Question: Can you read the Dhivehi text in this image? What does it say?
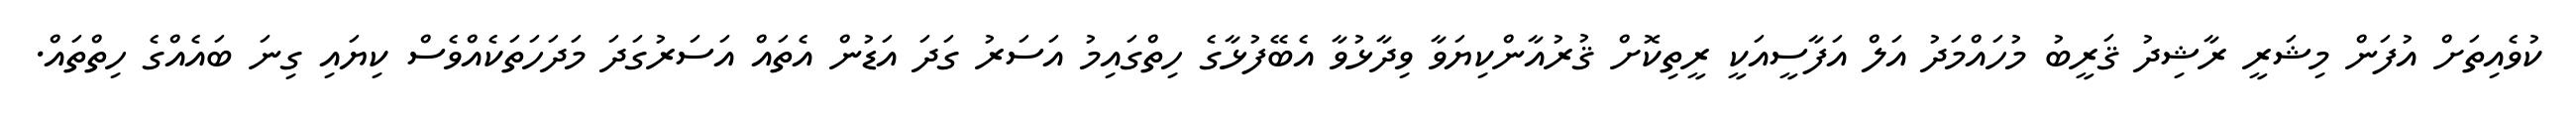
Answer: ކުވެއިތަށް އުފަން މިޝަރީ ރާޝިދު ޤަރީބު މުހައްމަދު އަލް އަފާސީއަކީ ރީތިކޮށް ޤުރުއާންކިޔަވާ ވިދާޅުވާ އެބޭފުޅާގެ ހިތްގައިމު އަސަރު ގަދަ އަޑުން އެތައް އަސަރުގަދަ މަދަހަތަކެއްވެސް ކިޔައި ގިނަ ބައެއްގެ ހިތްތައް.